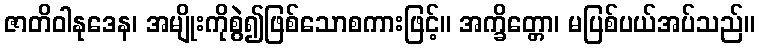
ဇာတိဝါနုဒေန၊ အမျိုးကိုစွဲ၍ဖြစ်သောစကားဖြင့်။ အက္ခိတ္တော၊ မပြစ်ပယ်အပ်သည်။